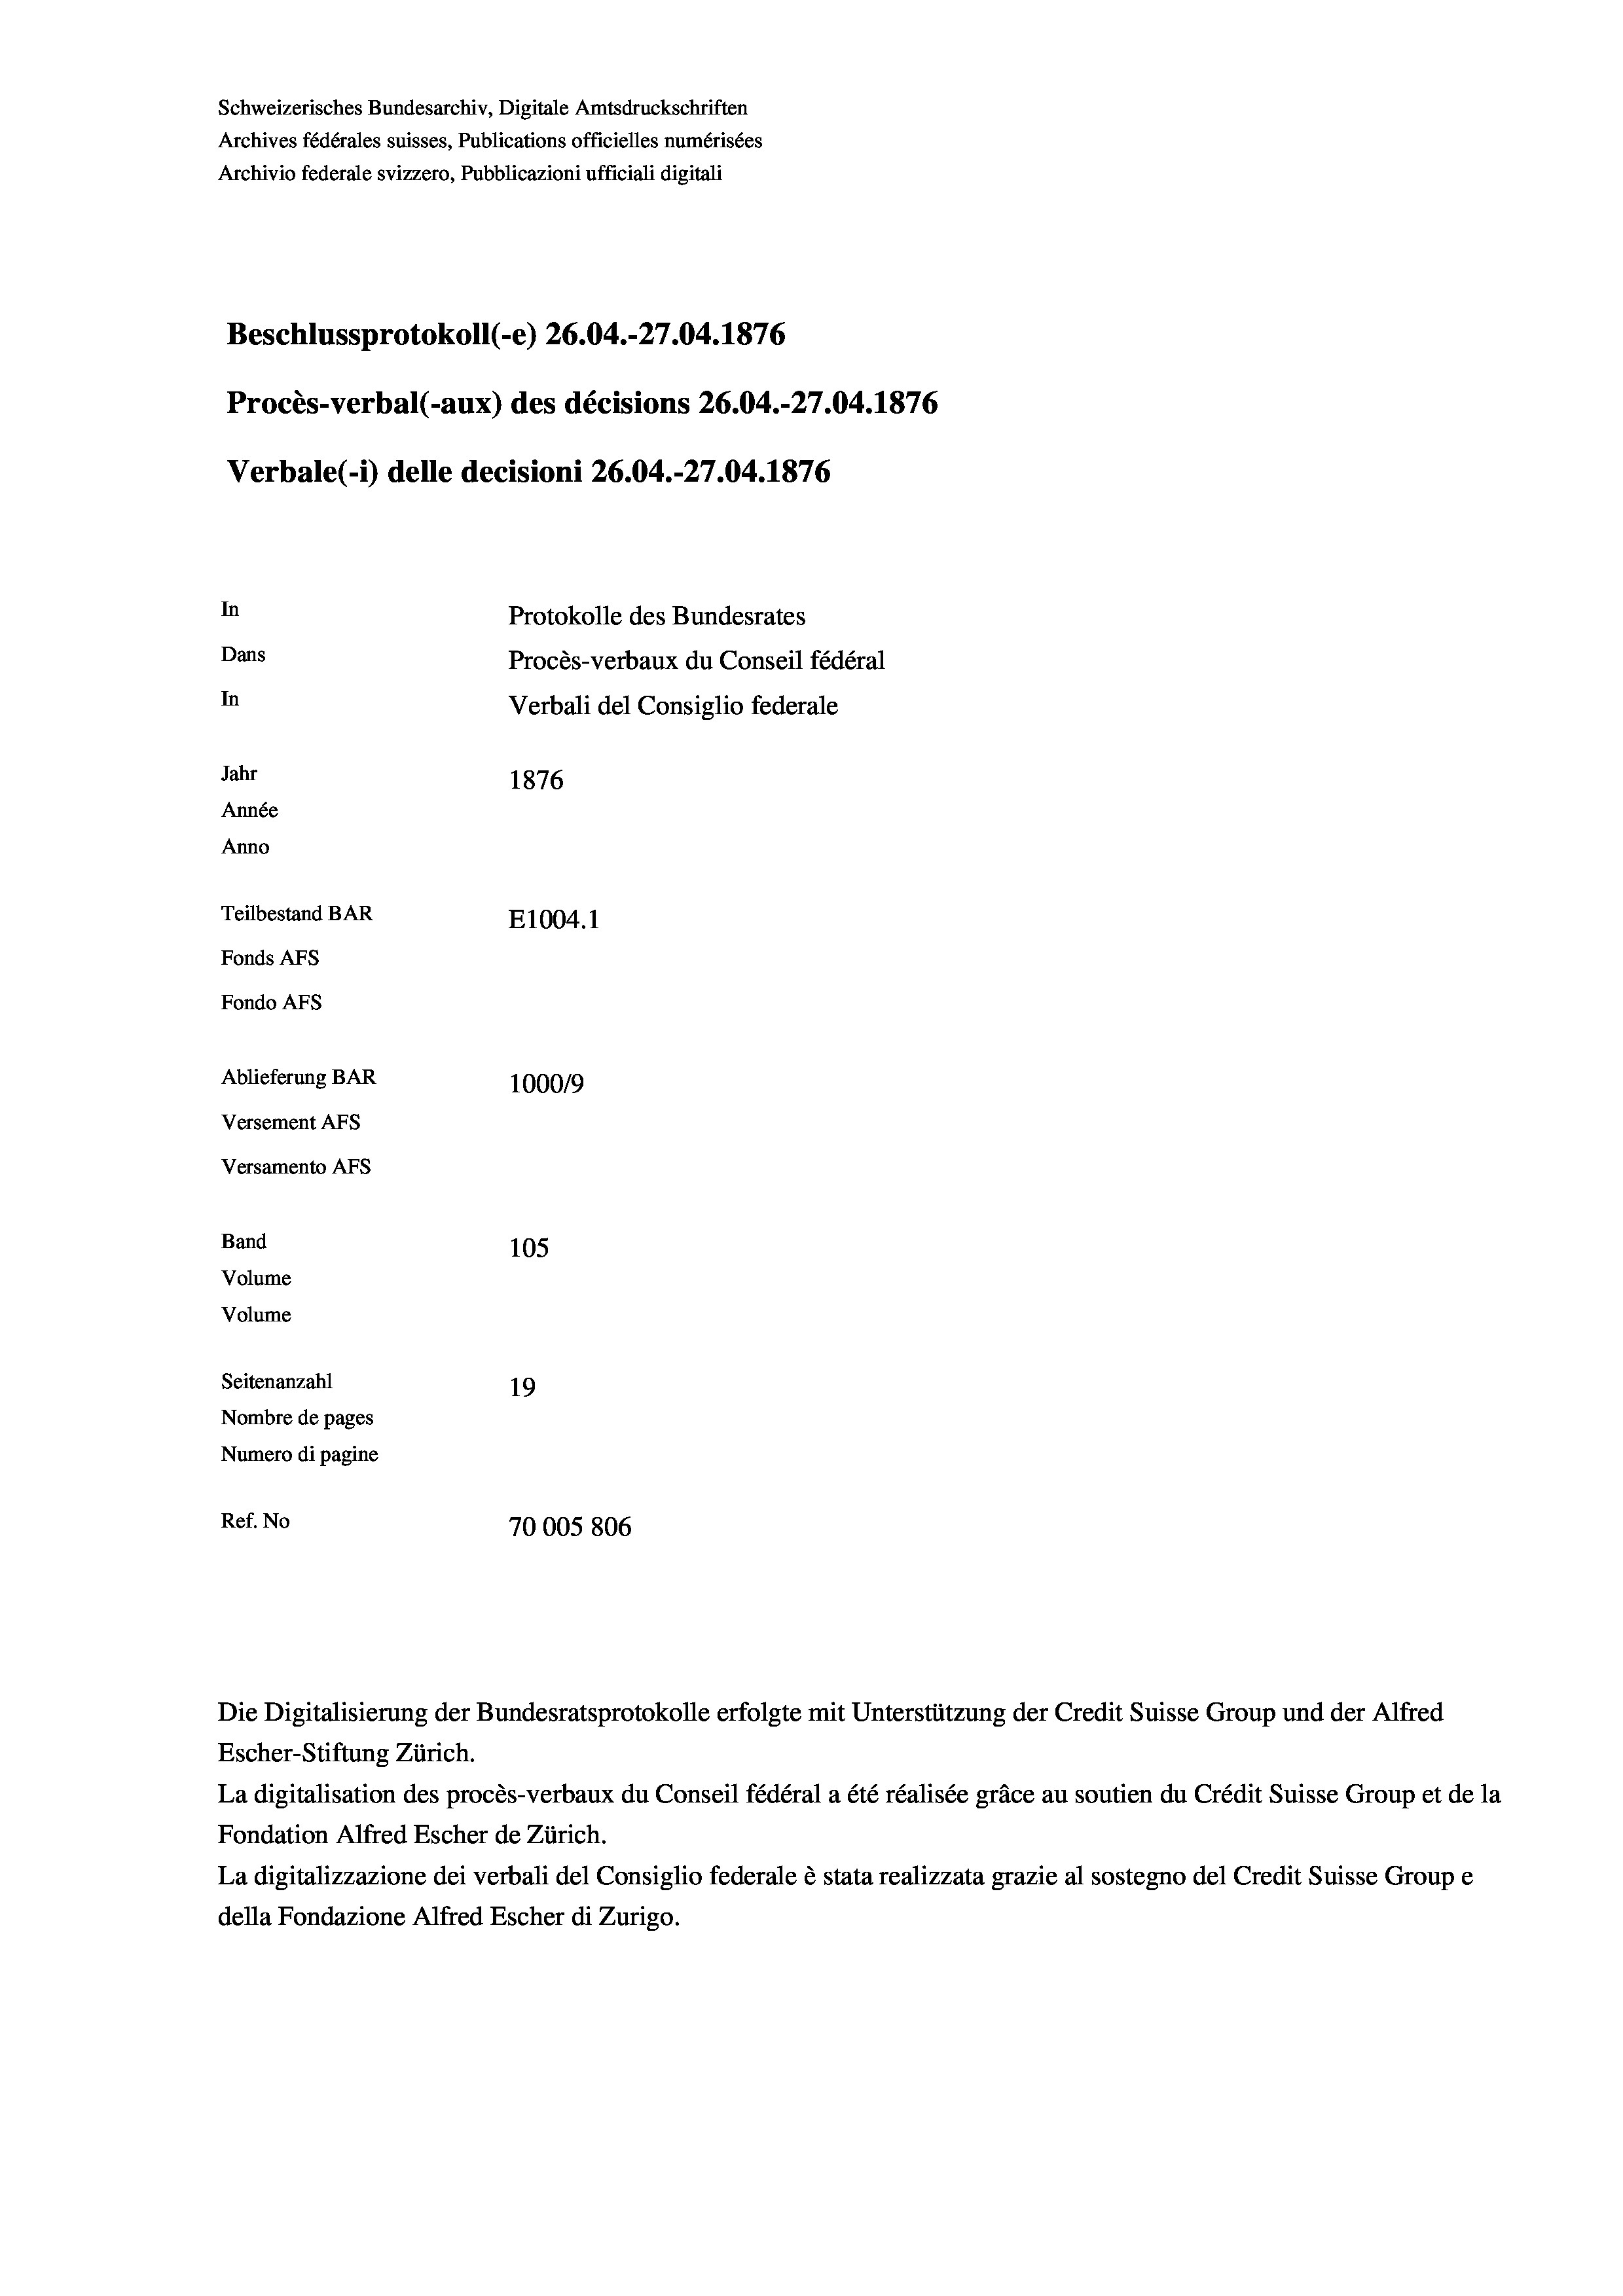
Schweizerisches Bundesarchiv, Digitale Amtsdruckschriften
Archives fédérales suisses, Publications officielles numérisées
Archivio federale svizzero, Pubblicazioni ufficiali digitali
Beschlussprotokoll (-e) 26.04.-27.04. 1876
Procès-verbal (-aux) des décisions 26.04.-27.04. 1876
Verbale(-*) delle decisioni 26.04.-27.04. 1876
In
Protokolle des Bundesrates
Dans
Procès-verbaux du Conseil fédéral
In
Verbali del Consiglio federale
Jahr
1876
Année
Anno
Teilbestand BAR
E1004.1
Fonds AFs
Fondo Afs
Ablieferung BAR
100019
Versement AFs
Versamento Afs
Band
105
Volume
Volume
Seitenanzahl
19
Nombre de pages
Numero di pagine
Ref. No
70005806

Die Digitalisierung der Bundesratsprotokolle erfolgte mit Unterstützung der Credit Suisse Group und der Alfred
Escher-Stiftung Zürich.
La digitalisation des procès-verbaux du Conseil fédéral a été réalisée gräce au soutien du Crédit Suisse Group et de la
Fondation Alfred Escher de Zürich.
La digitalizzazione dei verbali del Consiglio federale è stata realizzata grazie al sostegno del Credit Suisse Groupe
della Fondazione Alfred Escher di Zurigo.